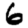
Digit: 6